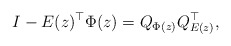
\begin{align*}I - E(z)^\top \Phi(z) = Q_{\Phi(z)} Q_{E(z)}^\top,\end{align*}